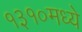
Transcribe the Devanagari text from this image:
१३१०मध्ये